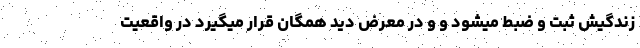
زندگیش ثبت و ضبط میشود و و در معرض دید همگان قرار میگیرد در واقعیت